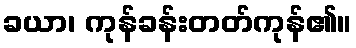
ခယာ၊ ကုန်ခန်းတတ်ကုန်၏။